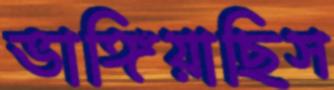
ভাঙ্গিয়াছিস